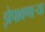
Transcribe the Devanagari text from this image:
झेपावणाऱ्या